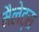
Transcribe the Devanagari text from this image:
मैलेट्स